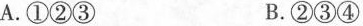
A.①②③ B.②③④